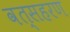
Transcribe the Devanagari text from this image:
वत्सहरण